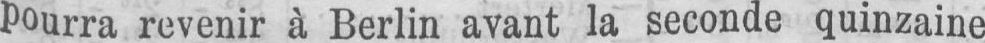
pourra revenir à Berlin avant la seconde quinzaine